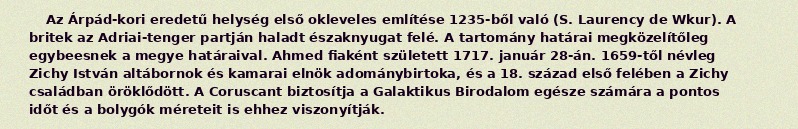
Az Árpád-kori eredetű helység első okleveles említése 1235-ből való (S. Laurency de Wkur). A britek az Adriai-tenger partján haladt északnyugat felé. A tartomány határai megközelítőleg egybeesnek a megye határaival. Ahmed fiaként született 1717. január 28-án. 1659-től névleg Zichy István altábornok és kamarai elnök adománybirtoka, és a 18. század első felében a Zichy családban öröklődött. A Coruscant biztosítja a Galaktikus Birodalom egésze számára a pontos időt és a bolygók méreteit is ehhez viszonyítják.